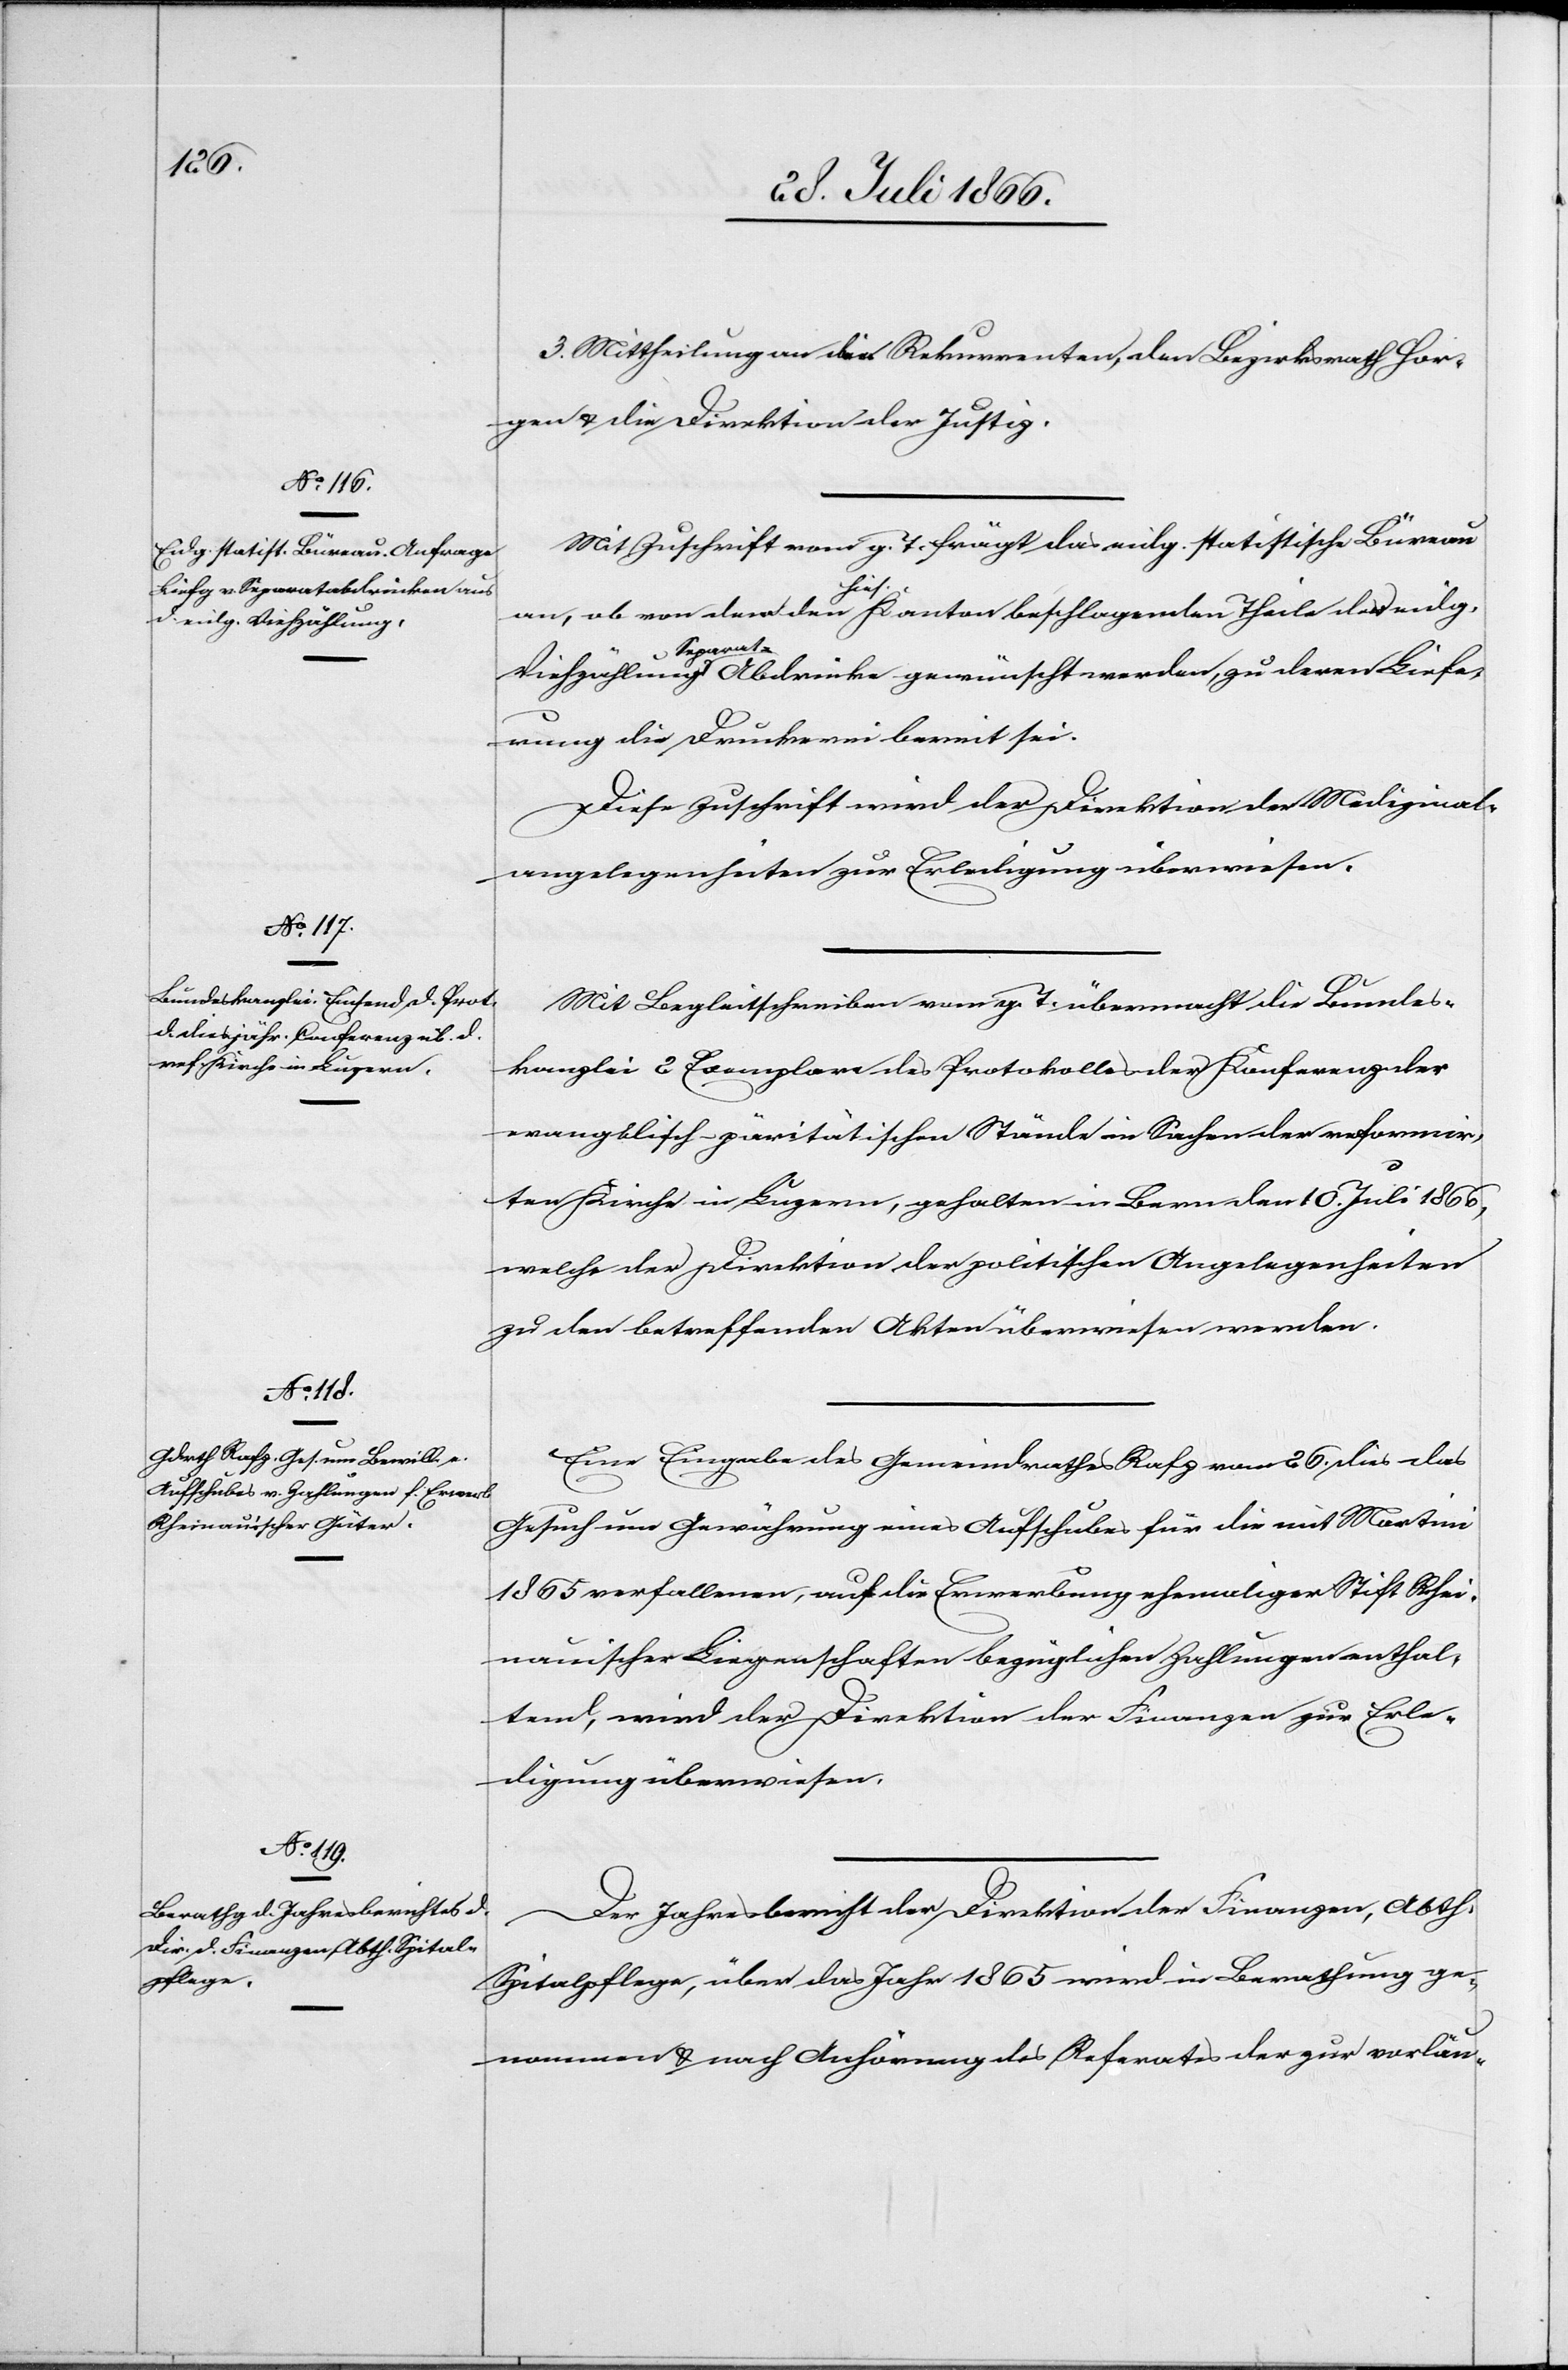
3. Mittheilung an die Rekurrenten, den Bezirksrath Hor¬
gen u. die Direktion der Justiz.
Mit Zuschrift vom g. T. frägt das eidg. statistische Büreau
an, ob von dem den hies. Kanton beschlagenden Theile der eidg.
Separa¬
t-Abdrücke gewünscht werden, zu deren Liefe¬
Viehzählung
rung die Druckerei bereit sei.
Diese Zuschrift wird der Direktion der Medizinal¬
angelegenheiten zur Erledigung überwiesen.
Mit Begleitschreiben vom g. T. übermacht die Bundes¬
kanzlei 2 Exemplare des Protokolls der Konferenz der
evangelisch-päritätischen Stände in Sachen der reformir¬
ten Kirche in Luzern, gehalten in Bern den 10. Juli 1866,
welche der Direktion der politischen Angelegenheiten
zu den betreffenden Akten überwiesen werden.
Eine Eingabe des Gemeindrathes Rafz vom 26. dies das
Gesuch um Gewährung eines Aufschubes für die mit Martini
1865 verfallenen, auf die Erwerbung ehemaliger Stift Rhei¬
nauischer Liegenschaften bezüglichen Zahlungen enthal¬
tend, wird der Direktion der Finanzen zur Erle¬
digung überwiesen.
Der Jahresbericht der Direktion der Finanzen, Abth.
Spitalpflege, über das Jahr 1865 wird in Berathung ge¬
nommen u. nach Anhörung des Referates der zur vorläu-